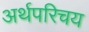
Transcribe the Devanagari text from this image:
अर्थपरिचय